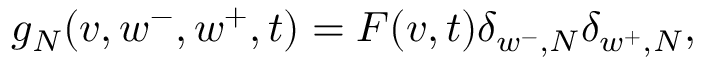
g _ { N } ( v , w ^ { - } , w ^ { + } , t ) = F ( v , t ) \delta _ { w ^ { - } , N } \delta _ { w ^ { + } , N } ,